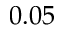
0 . 0 5